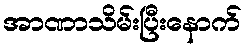
အာဏာသိမ်းပြီးနောက်